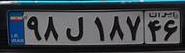
۹۸ل۱۸۷۴۶